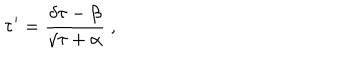
\tau ^ { \prime } = \frac { \delta \tau - \beta } { \gamma \tau + \alpha } \; ,